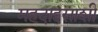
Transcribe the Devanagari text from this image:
महदाइसाशी